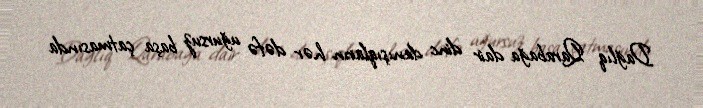
Dağlıq Qarabağa dair dinc danışıqların hər dəfə uğursuz başa çatmasında